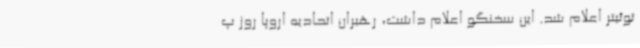
توئیتر اعلام شد. این سخنگو اعلام داشت، رهبران اتحادیه اروپا روز پ